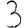
Digit: 3